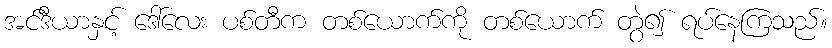
အင်ဒီယာနှင့် ဒေါ်လေး ပစ်တီက တစ်ယောက်ကို တစ်ယောက် တွဲ၍ ရပ်နေကြသည်။